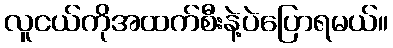
လူငယ်ကိုအထက်စီးနဲ့ပဲပြောရမယ်။